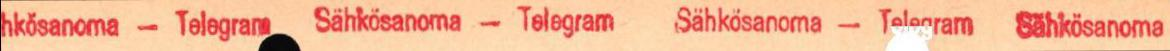
hkösanoma - Telegram  Sähkösanoma - Telegram  Sähkösanoma - Telegram  Sähkösanoma